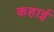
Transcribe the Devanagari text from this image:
कहाई